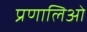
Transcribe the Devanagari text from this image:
प्रणालिओ